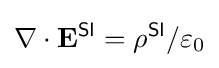
\nabla \cdot \mathbf {E} ^{\textsf {SI}}=\rho ^{\textsf {SI}}/\varepsilon _{0}